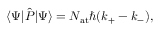
\langle \Psi \vert { \hat { P } } \vert \Psi \rangle = N _ { \mathrm { { a t } } } \hbar ( k _ { + } - k _ { - } ) ,